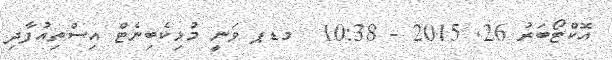
އޮކްޓޯބަރު 26